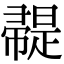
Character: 𢅦